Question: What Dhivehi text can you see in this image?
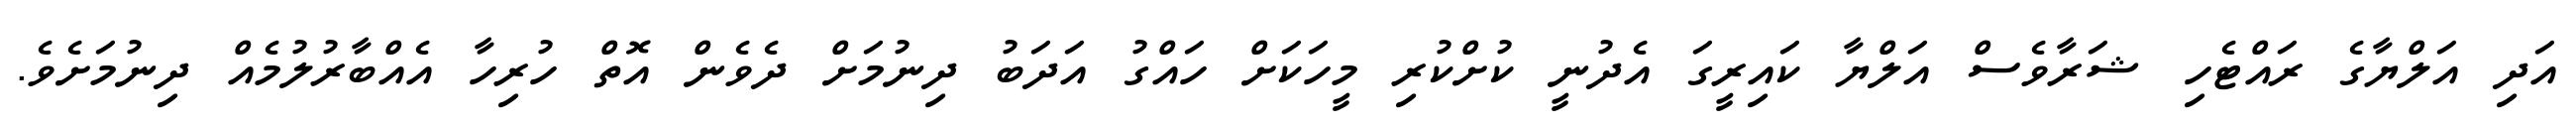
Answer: އަދި އަލްޔާގެ ރައްޓެހި ޝަރާވެސް އަލްޔާ ކައިރީގަ އެދުނީ ކުށްކުރި މީހަކަށް ހައްގު އަދަބު ދިނުމަށް ދެވެން އޮތް ހުރިހާ އެއްބާރުލުމެއް ދިނުމަށެވެ.